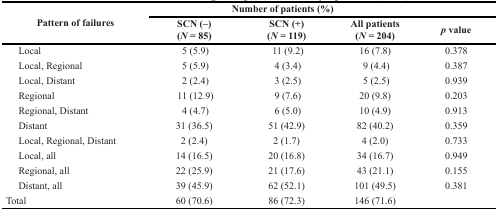
<table><thead><tr><td rowspan="2"><b>Pattern of failures</b></td><td colspan="4"><b>Number of patients (%)</b></td></tr><tr><td><b>SCN (−) (<i>N</i> = 85)</b></td><td><b>SCN (+) (<i>N</i> = 119)</b></td><td><b>All patients (<i>N</i> = 204)</b></td><td><b><i>p</i> value</b></td></tr></thead><tbody><tr><td> Local</td><td>5 (5.9)</td><td>11 (9.2)</td><td>16 (7.8)</td><td>0.378</td></tr><tr><td> Local, Regional</td><td>5 (5.9)</td><td>4 (3.4)</td><td>9 (4.4)</td><td>0.387</td></tr><tr><td> Local, Distant</td><td>2 (2.4)</td><td>3 (2.5)</td><td>5 (2.5)</td><td>0.939</td></tr><tr><td> Regional</td><td>11 (12.9)</td><td>9 (7.6)</td><td>20 (9.8)</td><td>0.203</td></tr><tr><td> Regional, Distant</td><td>4 (4.7)</td><td>6 (5.0)</td><td>10 (4.9)</td><td>0.913</td></tr><tr><td> Distant</td><td>31 (36.5)</td><td>51 (42.9)</td><td>82 (40.2)</td><td>0.359</td></tr><tr><td> Local, Regional, Distant</td><td>2 (2.4)</td><td>2 (1.7)</td><td>4 (2.0)</td><td>0.733</td></tr><tr><td> Local, all</td><td>14 (16.5)</td><td>20 (16.8)</td><td>34 (16.7)</td><td>0.949</td></tr><tr><td> Regional, all</td><td>22 (25.9)</td><td>21 (17.6)</td><td>43 (21.1)</td><td>0.155</td></tr><tr><td> Distant, all</td><td>39 (45.9)</td><td>62 (52.1)</td><td>101 (49.5)</td><td>0.381</td></tr><tr><td>Total</td><td>60 (70.6)</td><td>86 (72.3)</td><td>146 (71.6)</td><td></td></tr></tbody></table>